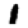
Digit: 1